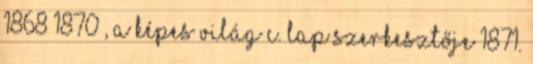
1868–1870 , a Képes Világ c. lap szerkesztője 1871.